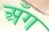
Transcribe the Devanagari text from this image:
अँग